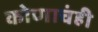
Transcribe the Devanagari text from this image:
कोणाचंही